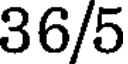
36/5